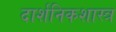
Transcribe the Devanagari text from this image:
दार्शनिकशास्त्र